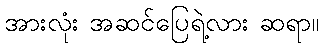
အားလုံး အဆင်ပြေရဲ့လား ဆရာ။